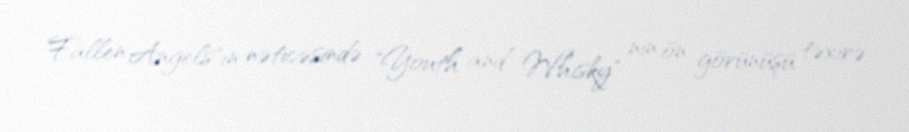
Fallen Angels"ın nəticəsində "Youth and Whisky" nin ön görünüşü təxirə